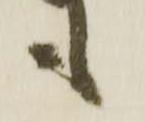
も